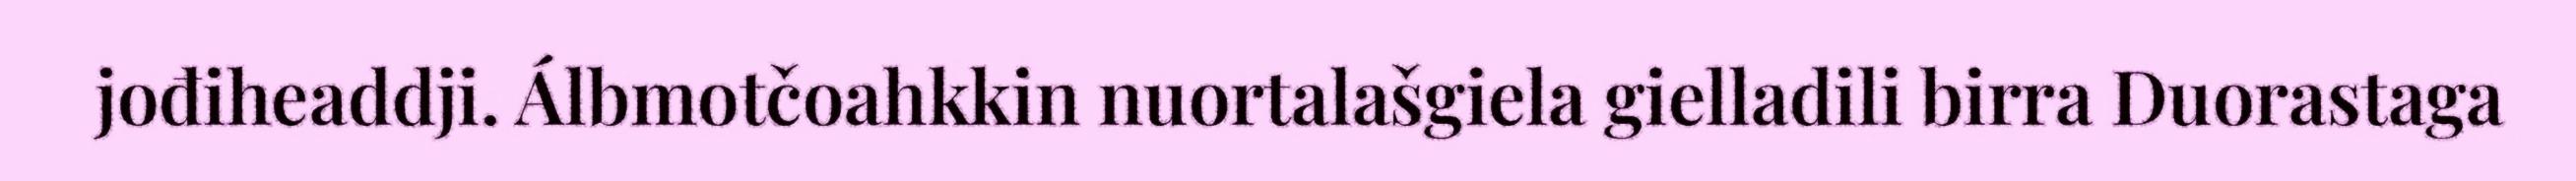
jođiheaddji. Álbmotčoahkkin nuortalašgiela gielladili birra Duorastaga